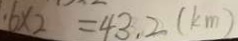
6 \times 2 = 4 3 . 2 ( k m )